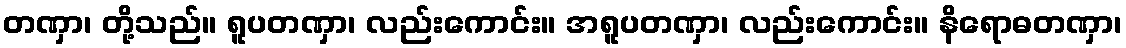
တဏှာ၊ တို့သည်။ ရူပတဏှာ၊ လည်းကောင်း။ အရူပတဏှာ၊ လည်းကောင်း။ နိရောဓတဏှာ၊